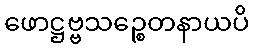
ဖောဋ္ဌဗ္ဗသဉ္စေတနာယပိ